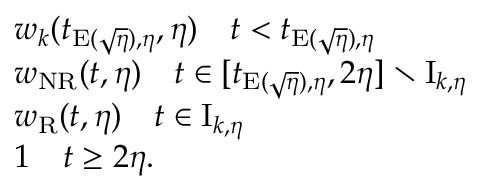
\begin{array} { r l } & { w _ { k } ( t _ { \mathrm { E } ( \sqrt { \eta } ) , \eta } , \eta ) \quad t < t _ { \mathrm { E } ( \sqrt { \eta } ) , \eta } } \\ & { w _ { \mathrm { N R } } ( t , \eta ) \quad t \in [ t _ { \mathrm { E } ( \sqrt { \eta } ) , \eta } , 2 \eta ] \setminus \mathrm { I } _ { k , \eta } } \\ & { w _ { \mathrm { R } } ( t , \eta ) \quad t \in \mathrm { I } _ { k , \eta } } \\ & { 1 \quad t \geq 2 \eta . } \end{array}